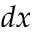
d x